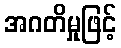
အဂတိမှုဖြင့်